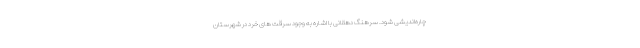
چاره‌اندیشی شود. سرهنگ دهقانی با اشاره به وجود سرقت های خرد در شهرستان